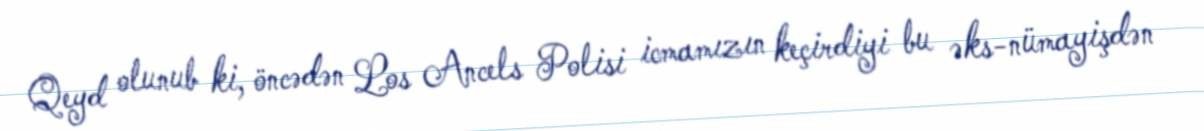
Qeyd olunub ki, öncədən Los Ancels Polisi icmamızın keçirdiyi bu əks-nümayişdən